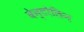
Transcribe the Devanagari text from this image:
वेन्टोलिन